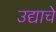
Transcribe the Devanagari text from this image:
उद्याचे